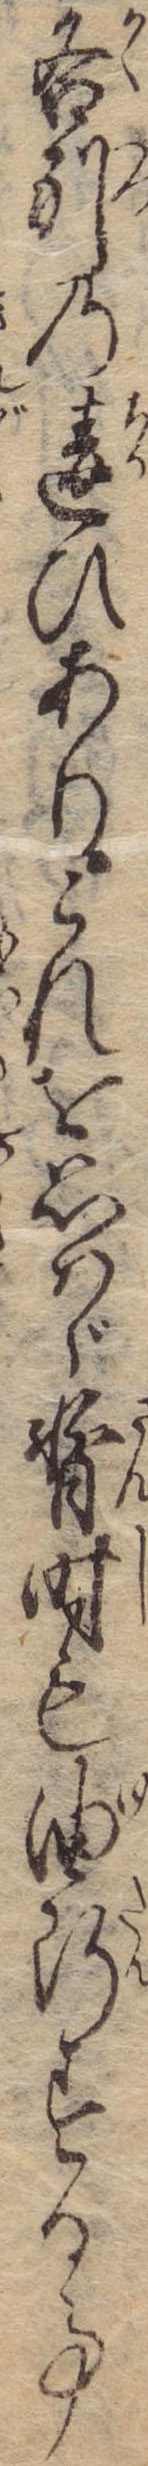
各別の違ひありこれを思はゞ暫時も油断する事